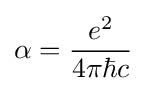
\alpha ={\frac {e^{2}}{4\pi \hbar c}}